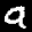
Label: 9